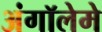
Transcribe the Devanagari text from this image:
अंगॉलेमे